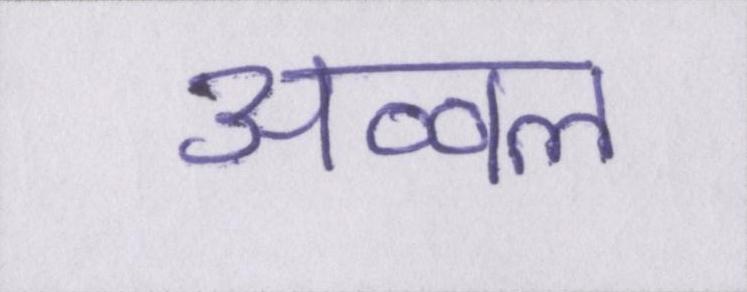
अव्वल